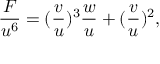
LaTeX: \frac { F } { u ^ { 6 } } = ( \frac { v } { u } ) ^ { 3 } \frac { w } { u } + ( \frac { v } { u } ) ^ { 2 } ,